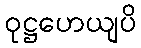
ဝုဋ္ဌဟေယျပိ